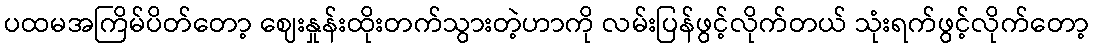
ပထမအကြိမ်ပိတ်တော့ ဈေးနှုန်းထိုးတက်သွားတဲ့ဟာကို လမ်းပြန်ဖွင့်လိုက်တယ် သုံးရက်ဖွင့်လိုက်တော့